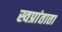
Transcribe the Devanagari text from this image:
स्वप्रांताता